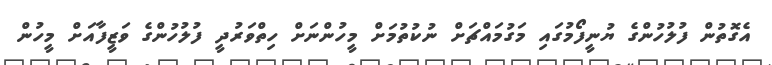
އެގޮތުން ފުލުހުންގެ ޔުނީފޯމުގައި މަގުމައްޗަށް ނުކުތުމަށް މީހުންނަށް ހިތްވަރުދީ ފުލުހުންގެ ވަޒީފާއަށް މީހުން